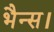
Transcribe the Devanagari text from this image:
भैन्स।